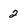
Character: 2